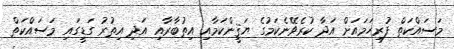
މަސައްކަތް ފުރިހަމައަށް އަދާ ކުރެވޭނެކަމުގެ ޔަޤީންކަމާއި އިތުބާރާއި އަދި އިތުރު ގަޑީގައި މަސައްކަތް